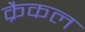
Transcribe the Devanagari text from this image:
क्रैकल